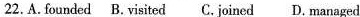
22.A.Founded B.Visited C. Joined D. Managed